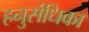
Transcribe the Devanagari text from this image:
हनुसंधिका